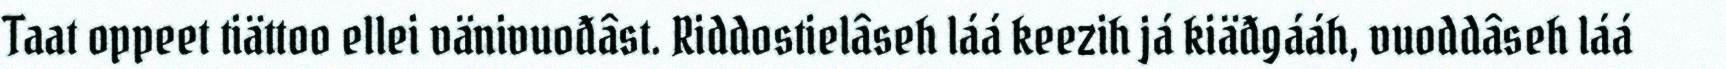
Taat oppeet tiättoo ellei vänivuođâst. Riddostielâseh láá keezih já kiäđgááh, vuoddâseh láá